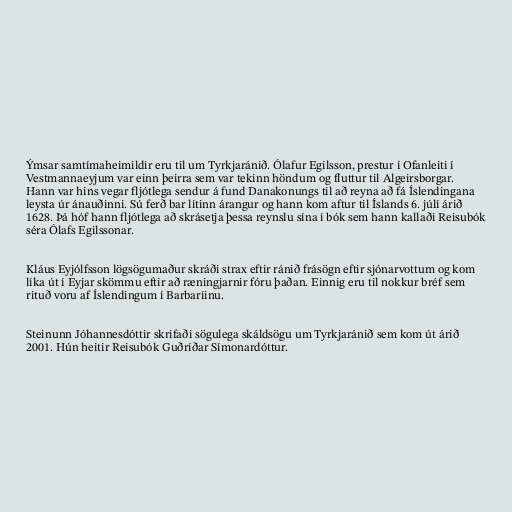
Ýmsar samtímaheimildir eru til um Tyrkjaránið. Ólafur Egilsson, prestur í Ofanleiti í
Vestmannaeyjum var einn þeirra sem var tekinn höndum og fluttur til Algeirsborgar.
Hann var hins vegar fljótlega sendur á fund Danakonungs til að reyna að fá Íslendingana
leysta úr ánauðinni. Sú ferð bar lítinn árangur og hann kom aftur til Íslands 6. júlí árið
1628. Þá hóf hann fljótlega að skrásetja þessa reynslu sína í bók sem hann kallaði Reisubók
séra Ólafs Egilssonar.

Kláus Eyjólfsson lögsögumaður skráði strax eftir ránið frásögn eftir sjónarvottum og kom
líka út í Eyjar skömmu eftir að ræningjarnir fóru þaðan. Einnig eru til nokkur bréf sem
rituð voru af Íslendingum í Barbaríinu.

Steinunn Jóhannesdóttir skrifaði sögulega skáldsögu um Tyrkjaránið sem kom út árið
2001. Hún heitir Reisubók Guðríðar Símonardóttur.